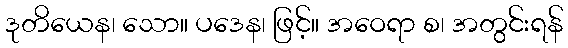
ဒုတိယေန၊ သော။ ပဒေန၊ ဖြင့်။ အဝေရာ စ၊ အတွင်းရန်